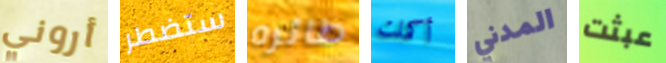
أروني ستضطر طائره أكملت المدني عبثت